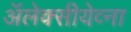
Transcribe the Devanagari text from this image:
ॲलेक्सीयेव्ना